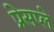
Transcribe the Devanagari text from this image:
प्रेसप्ले